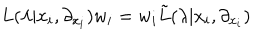
LaTeX: L ( \lambda | x _ { i } , \partial _ { x _ { i } } ) w _ { i } = w _ { i } { \tilde { L } } ( \lambda | x _ { i } , \partial _ { x _ { i } } )